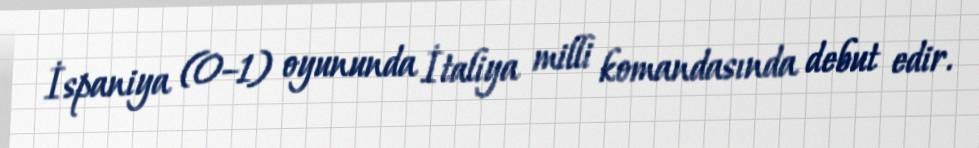
İspaniya (0–1) oyununda İtaliya milli komandasında debut edir.